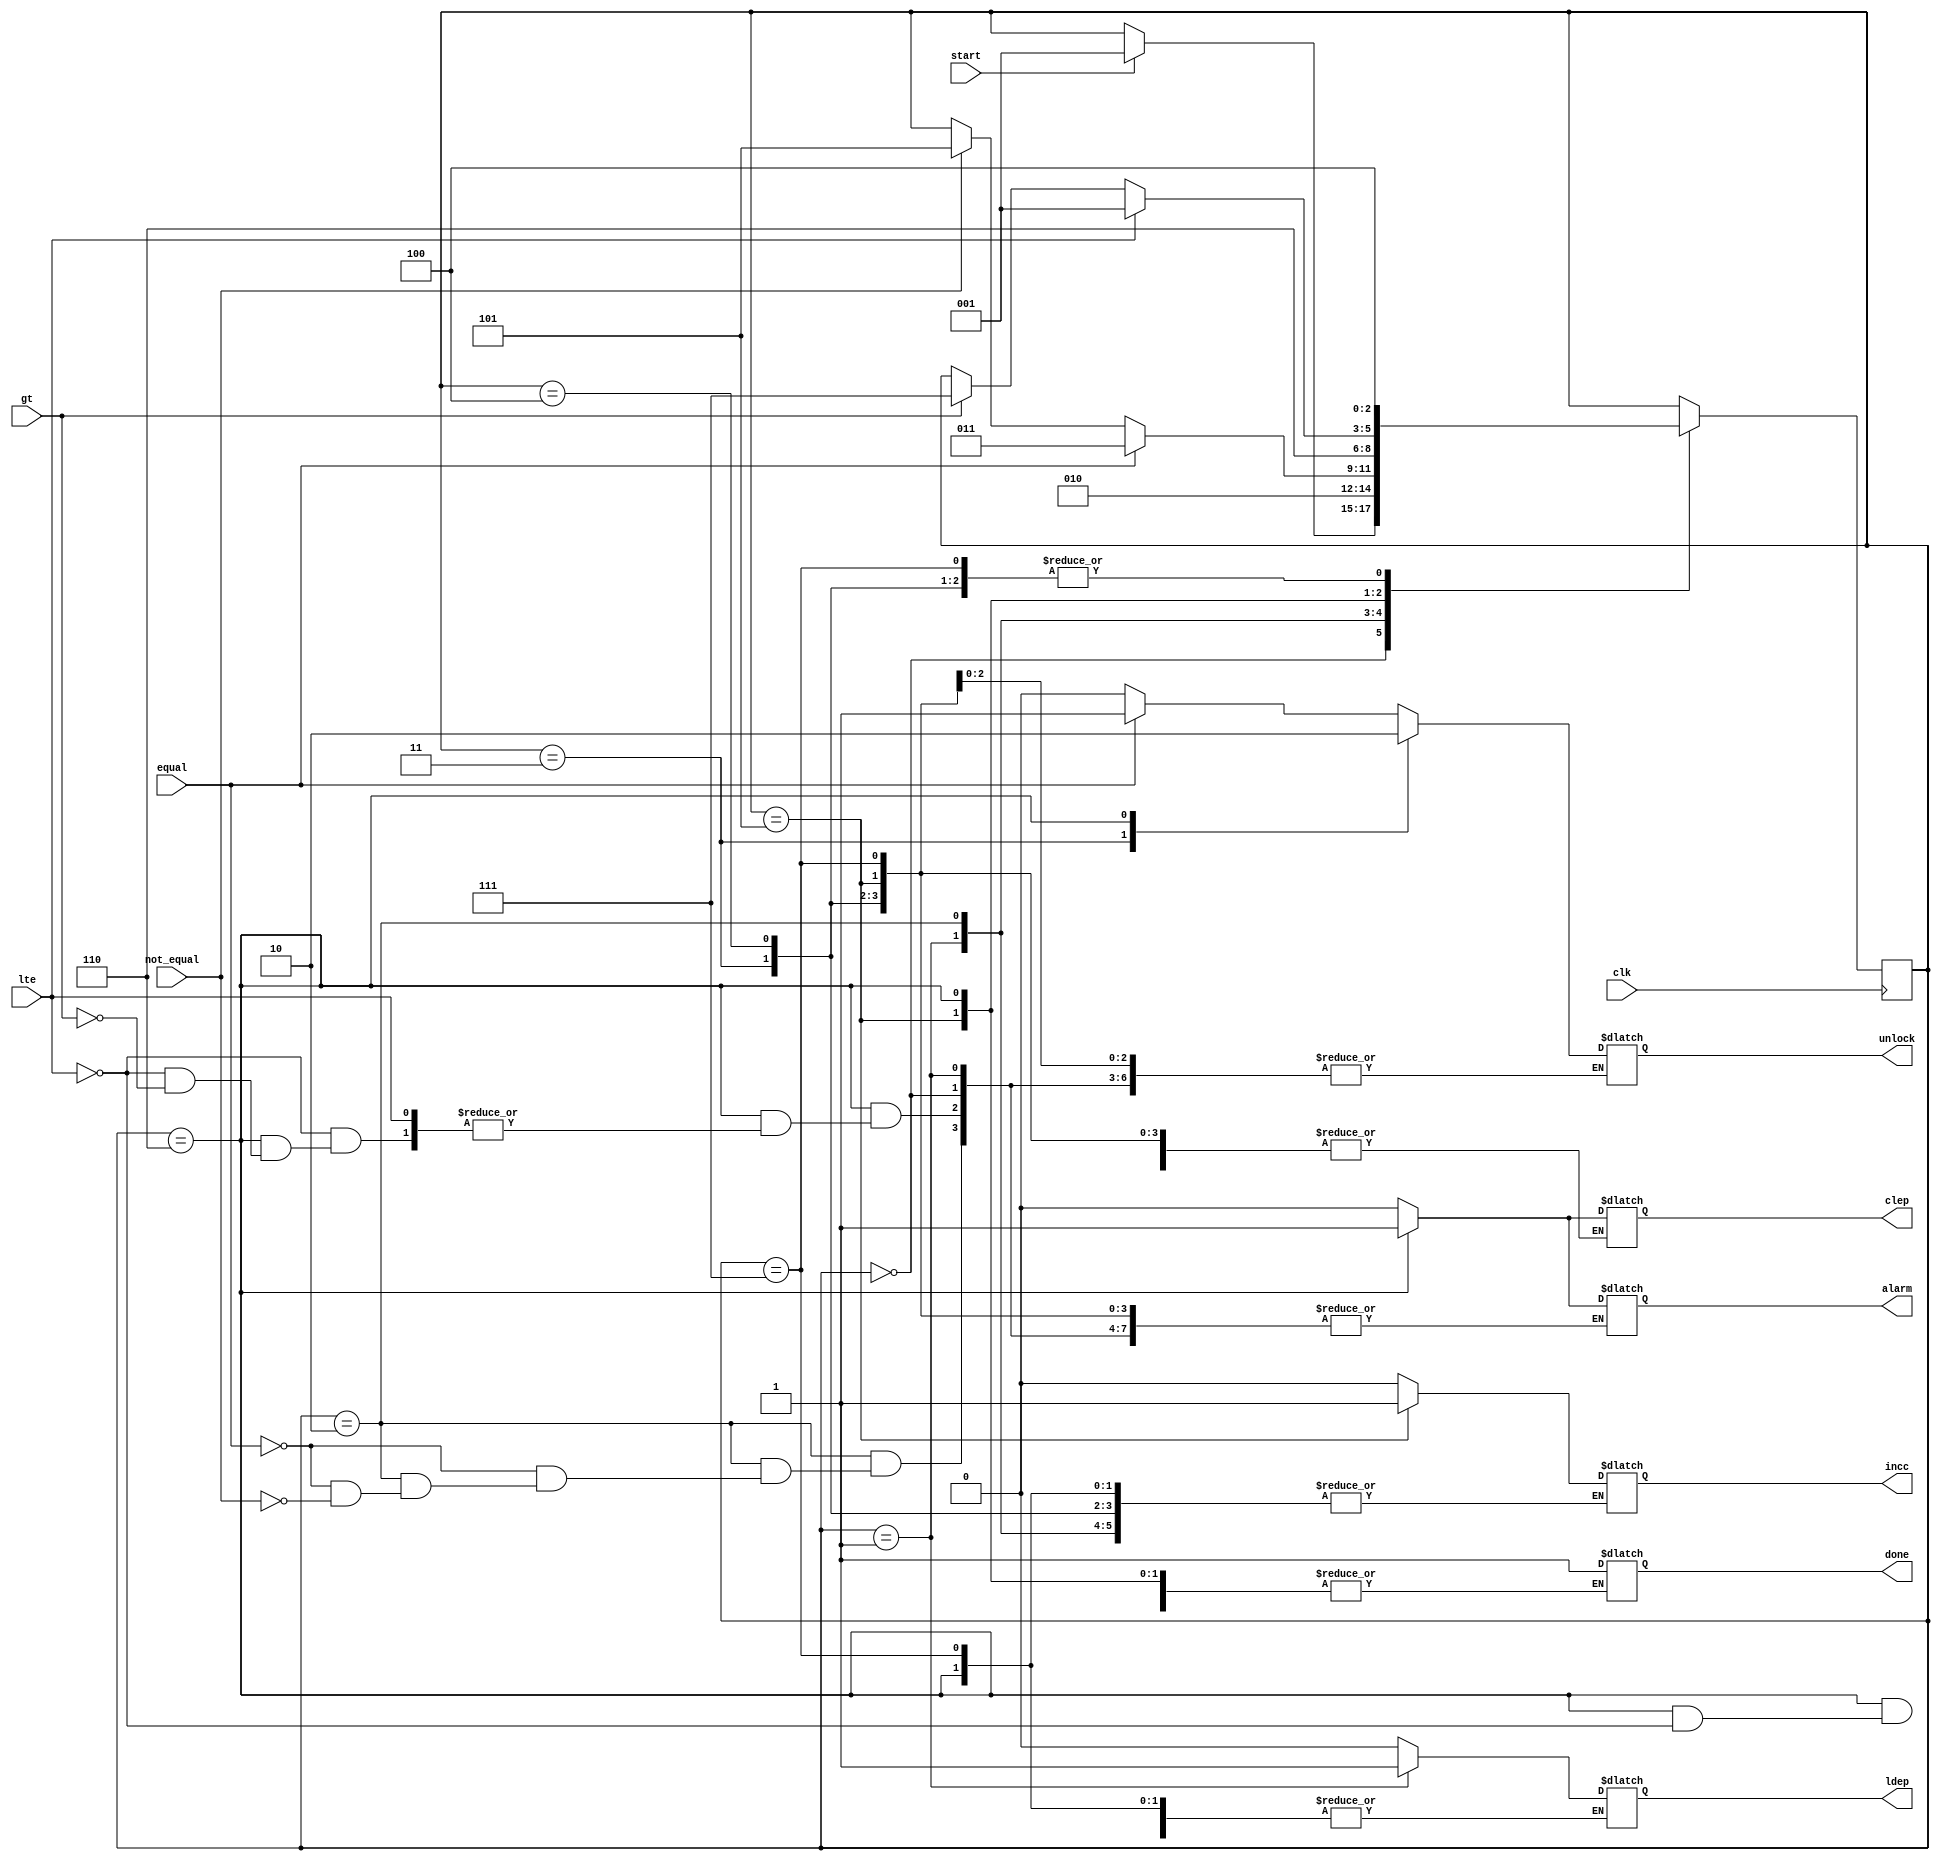
`timescale 1ns / 1ps
//////////////////////////////////////////////////////////////////////////////////
// Company: 
// Engineer: 
// 
// Design Name: 
// Module Name:    controlpath 
// Project Name: 
// Target Devices: 
// Tool versions: 
// Description: 
//
// Dependencies: 
//
// Revision: 
// Revision 0.01 - File Created
// Additional Comments: 
//
//////////////////////////////////////////////////////////////////////////////////
module controlpath(ldep,clep,incc,equal,not_equal,lte,gt,clk,start,done,unlock,alarm);
input equal,not_equal,lte,gt,clk,start;
output reg ldep,clep,incc,done;
output reg unlock,alarm;
reg [2:0] state;
parameter S0 = 3'b000,S1 = 3'b001,S2 = 3'b010,S3 = 3'b011,S4 = 3'b100,S5 = 3'b101,S6 = 3'b110,S7 = 3'b111;

always @(posedge clk)
begin
case(state)
S0 : if(start) state <= S1;
S1 : state <= S2;
S2 : #2 if(equal) state <= S3;
        else if(not_equal) state <= S5;
S3 : state <= S4;
S4 : state <= S4;
S5 : state <= S6;
S6 : #2 if(lte) state <= S1;
        else if(gt) state <= S7;
S7 : state <= S4;
default : state <= S0;
endcase
end

always @(state)
begin
case(state)
S0 : begin ldep=0;clep=0;incc=0; end
S1 : begin ldep=1; end
S2 : if(equal)
     begin
	  unlock = 1;
	  alarm = 0;
	  end
	  else if(not_equal)
	  begin
	  unlock = 0;
	  alarm = 0;
	  end
S3 : begin unlock = 1; end
S4 : begin done = 1; end
S5 : begin incc =1; end
S6 : if(lte)
     begin
     clep = 1;
     end
     else if(gt)
     begin
     unlock = 0;
     alarm = 1;
     end
S7 : begin done = 1; end
default : begin ldep=0;clep=0;incc=0; end
endcase
end	  
endmodule